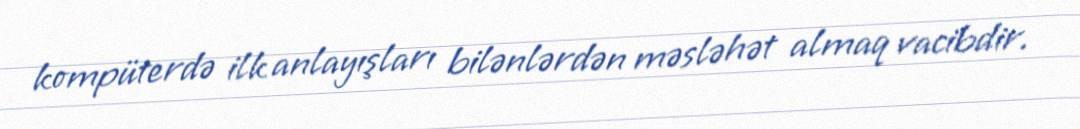
kompüterdə ilk anlayışları bilənlərdən məsləhət almaq vacibdir.